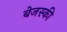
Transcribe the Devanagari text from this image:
बेजस्की